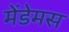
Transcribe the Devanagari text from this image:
मेंडेमस